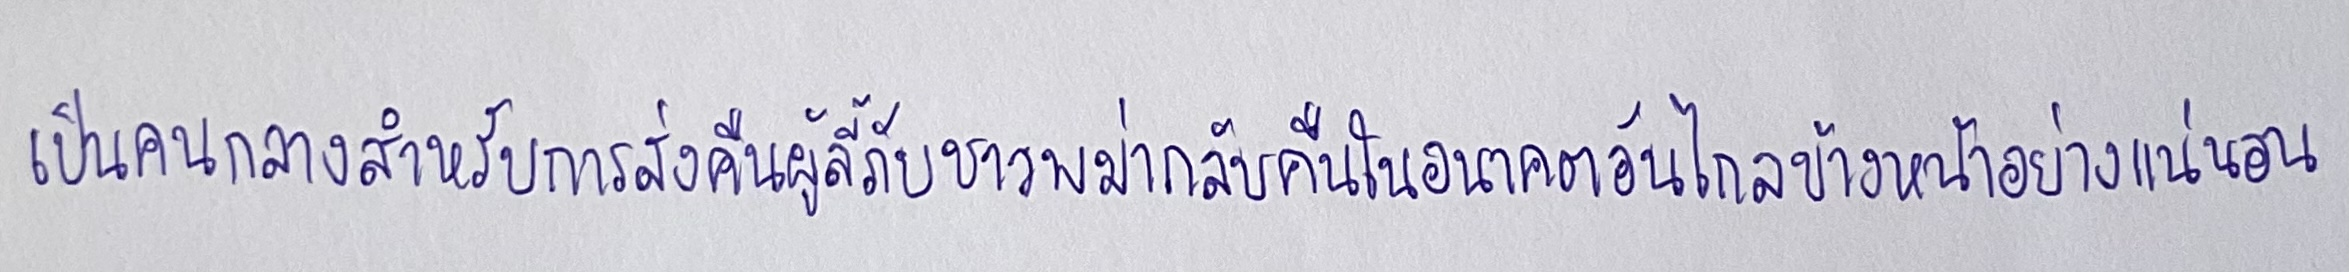
เป็นคนกลางสำหรับการส่งคืนผู้ลี้ภัยชาวพม่ากลับคืนในอนาคตอันไกลข้างหน้าอย่างแน่นอน